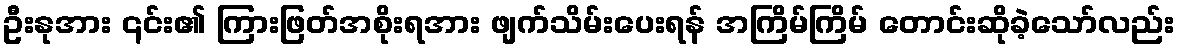
ဦးနုအား ၎င်း၏ ကြားဖြတ်အစိုးရအား ဖျက်သိမ်းပေးရန် အကြိမ်ကြိမ် တောင်းဆိုခဲ့သော်လည်း